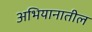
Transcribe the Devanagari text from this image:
अभियानातील